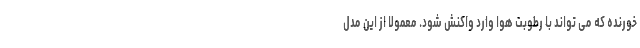
خورنده که می تواند با رطوبت هوا وارد واکنش شود. معمولا از این مدل